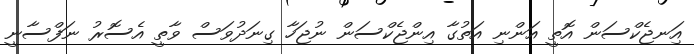
އަިނޖެކްސަން އޮތީ އަންނި އަތުގާ އިންޖެކްސަން ނުޖަހާ ގިނަދުވަސް ވާތީ އެސޮރު ނަފްސާނީ